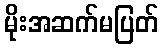
မိုးအဆက်မပြတ်